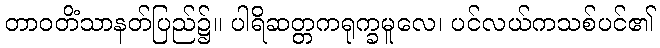
တာဝတိံသာနတ်ပြည်၌။ ပါရိဆတ္တကရုက္ခမူလေ၊ ပင်လယ်ကသစ်ပင်၏